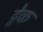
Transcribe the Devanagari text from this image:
ट्वेक